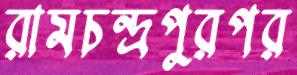
রামচন্দ্রপুরপর